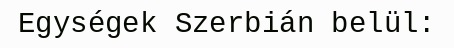
Egységek Szerbián belül: